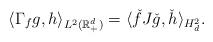
LaTeX: \begin{align*} \langle \Gamma_f g, h \rangle_{L^2(\mathbb{R}_+^d)} = \langle \check f J\check{g}, \check h\rangle_{H^2_d}.\end{align*}